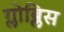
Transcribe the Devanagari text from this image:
ग्लोब्लिस